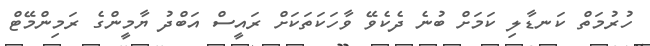
ހުރުމަތް ކަނޑާލި ކަމަށް ބުނެ ދެކެވޭ ވާހަކަތަކަށް ރައީސް އަބްދު ޔާމީންގެ ރަމިންމޭޓް